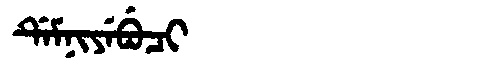
Manchu: ᡩᡝᠮᠨᡳᠶᡝᠪᡠᠴᡳ
Romanization: DEMNIYEBUCI